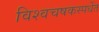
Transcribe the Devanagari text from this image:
विश्वचषकस्पर्धेत